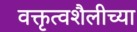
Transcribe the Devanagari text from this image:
वक्तृत्वशैलीच्या